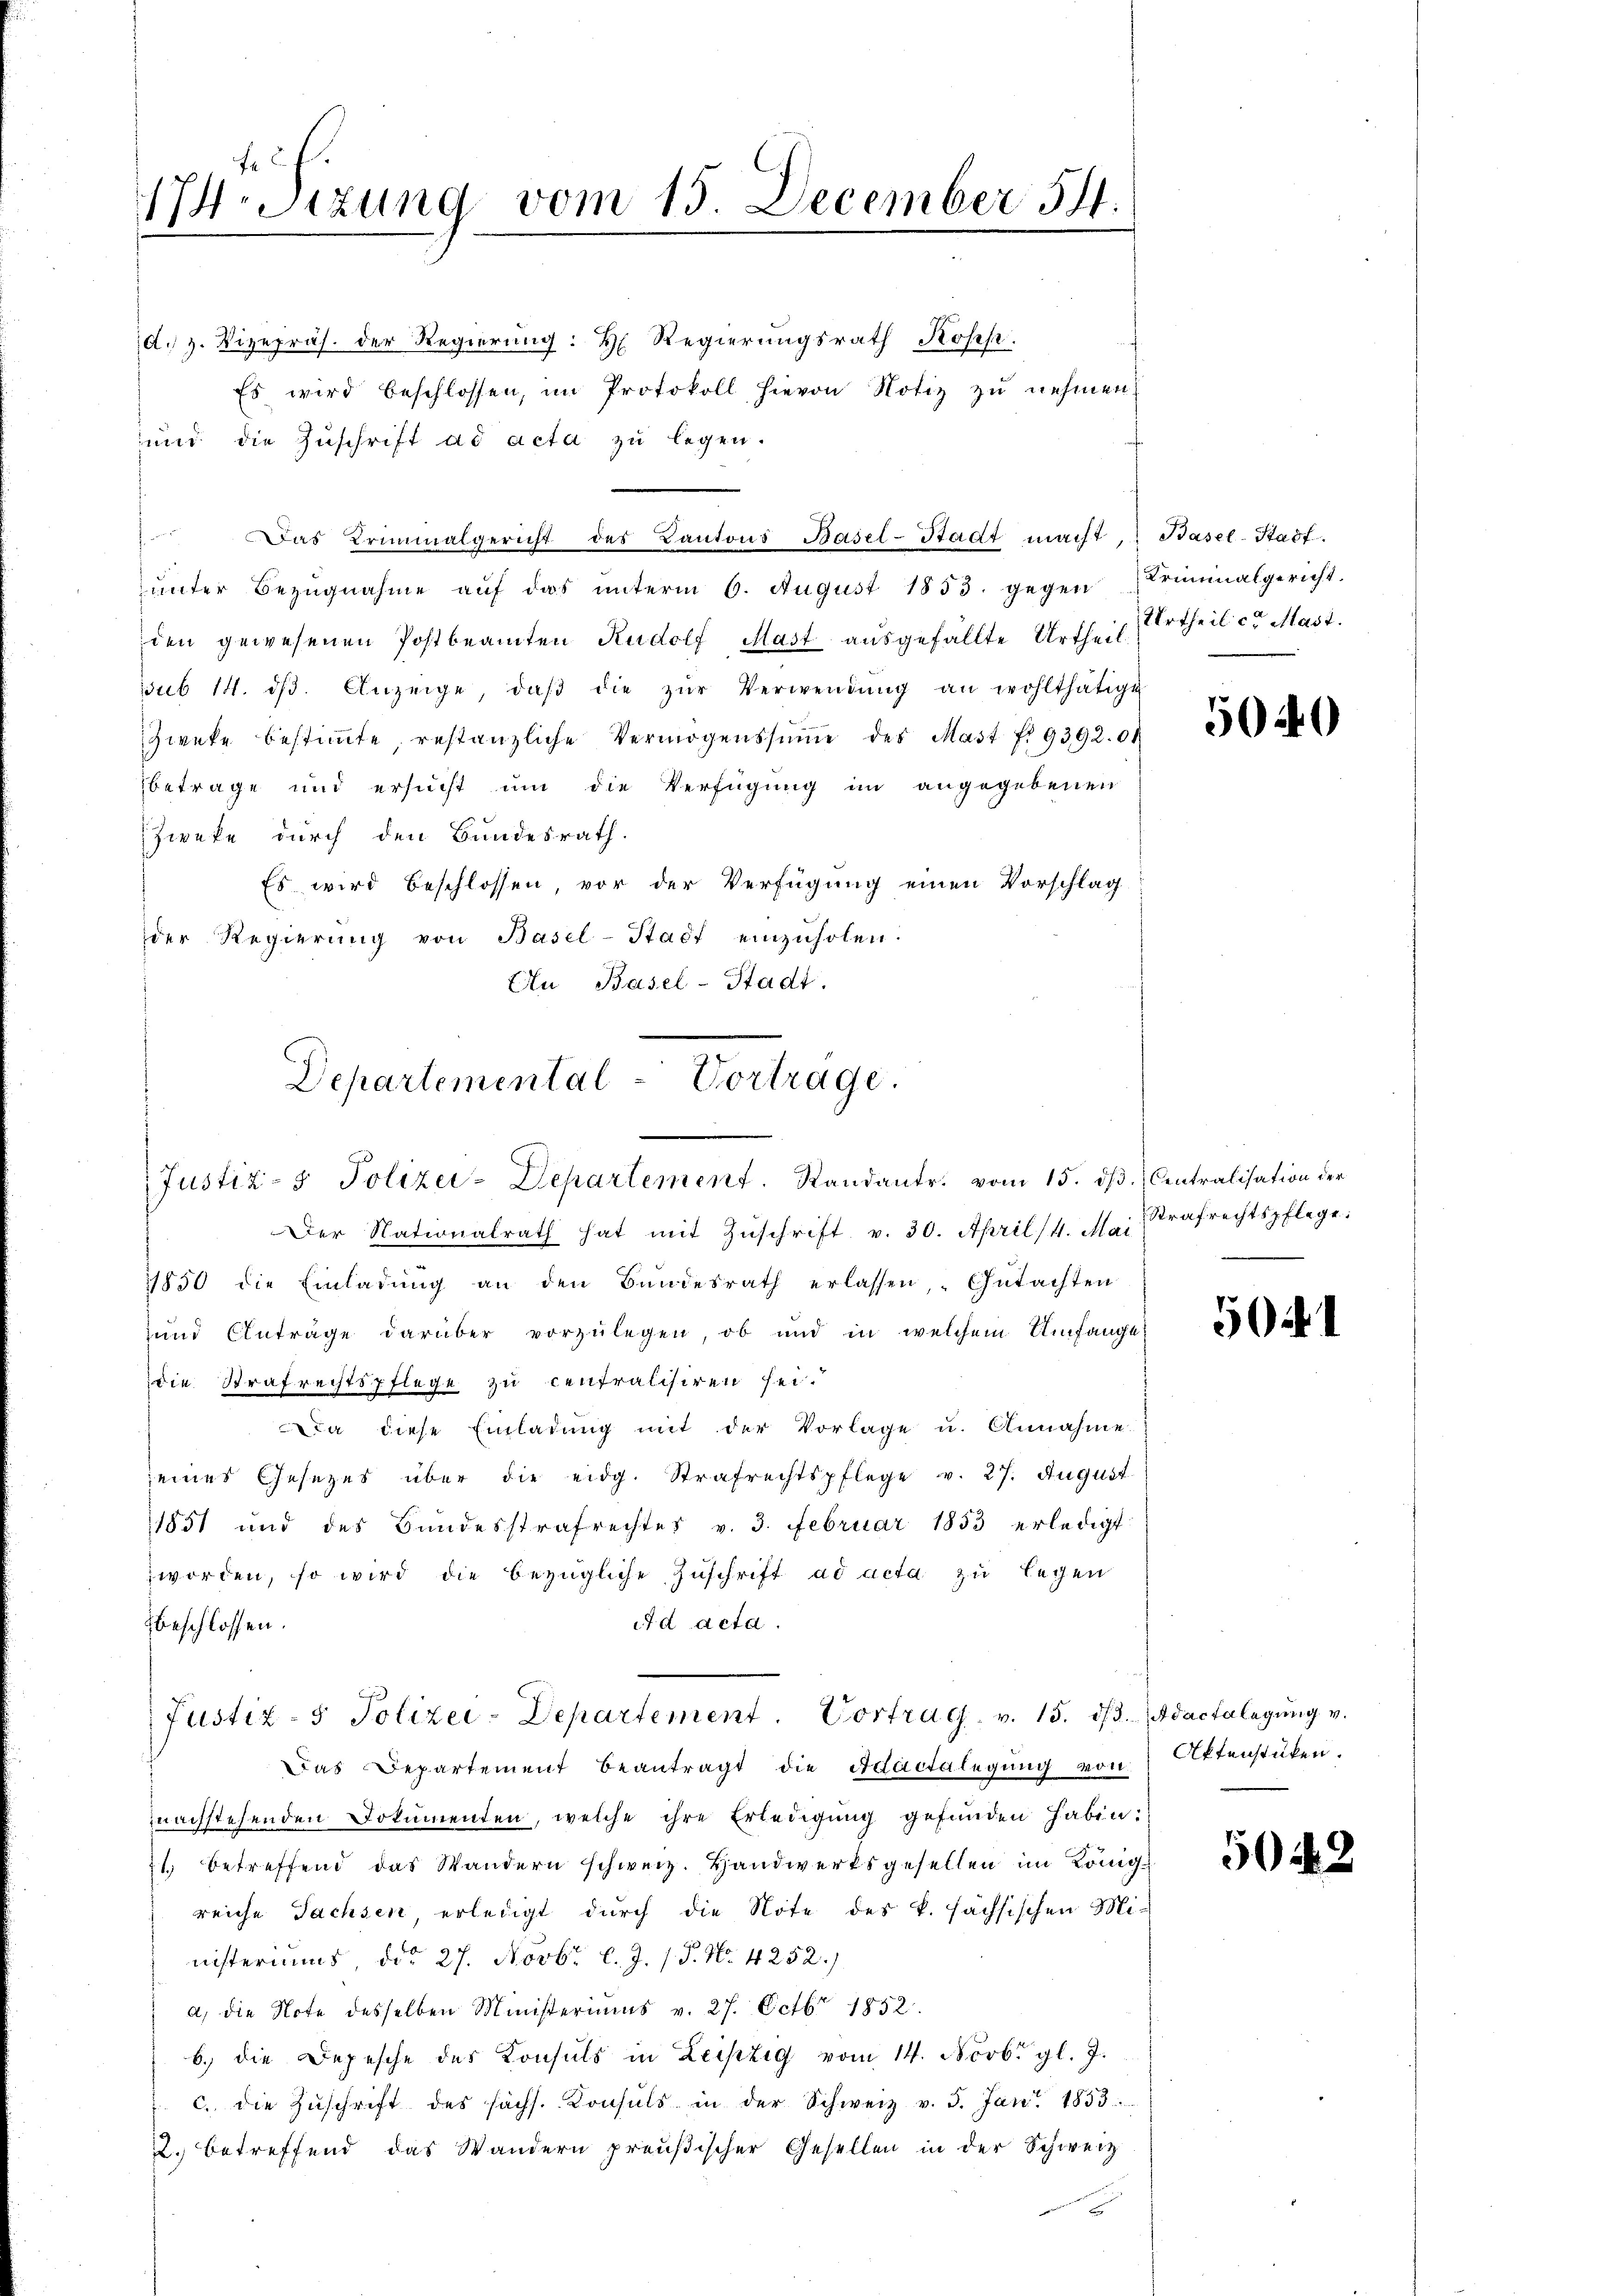
17. Sizung vom 15. December 541.
2

Departemental - Vortrage.
Justiz- & Polizei-Departement. Standantr. vom 15. dß. Centralisation der

d. 3. Vizepräs. der Regierung: H. Regierungsrath Kopep.
Es wird beschlossen, im Protokoll hievon Notiz zŭ nehmen
und die Zuschrift ad acta zu legen.
unter Bezugnahme auf das unterm 6. August 1853. gegen Criminalgericht.
den gewesenen Postbeamten Rudolf Mast aŭsgefällte Urtheil ertheil c. Mast.
ssub 14. dβ. Anzeige, daβ die zŭr Verwendŭng an wohlthätige
Zweke bestiṁte, restanzliche Vermögenssŭṁe des Mast f. 9392. 01
betrage und ersucht um die Verfügung im angegebenen
Zweke durch den Bundesrath.
Es wird beschlossen, vor der Verfügung einen Vorschlag
der Regierŭng von Basel-Stadt einzŭholen:
Au Basel-Stadt.

Das Kriminalgericht des Kantons Basel-Stadt macht, Basel-Stadt.

Der Nationalrath hat mit Zŭschrift v. 30. April 14. Mai Strafrechtspflege:
11850 die Einladŭng an den Bŭndesrath erlassen, "Gŭtachten
und Anträge darüber vorzulegen, ob und in welchem Umfange
die Strafrechtspflege zu centralisiren sei.
a diese Einladung mit der Vorlage u. Annahme.
eines Gesetzes über die eidg. Strafrechtspflege v. 27. August
1851 und des Bundesstrafrechtes v. 3. Februar 1853 erledigt
worden, so wird die bezügliche Zuschrift ad acta zu legen
d acta.
beschlossen:
Justiz- & Polizei-Departement. Vortrag. v. 15. dβ. Adactelegung v.
Das Departement beantragt die Adactalegŭng von Attenstüken.
nachstehenden Dokumenten, welche ihre Erledigung gefunden haben.
71) betreffend das Wandern schweiz. Handwerksgesellen im Königreiche Sachsen, erledigt durch die Note des k. sächsischen Mi-
nisteriums, ddo 27. Novbr. l. J. J. P. No. 4252.)
a) die Note desselben Ministeriums v. 27. Octbr 1852.
b.) die Depesche des Konsuls in Leipzig vom 14. Novb. gl. J.
c. die Zŭschrift des sechs. Konsuls in der Schweiz v. 5. Jan. 1833.
2. betreffend das Wandern preußischer Gesellen in der Schweiz
e

5040

504

5048